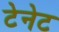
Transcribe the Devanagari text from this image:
टेनेट